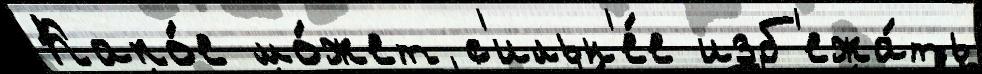
Како́е мо́жет с'ильн'е́е изб'ежа́ть